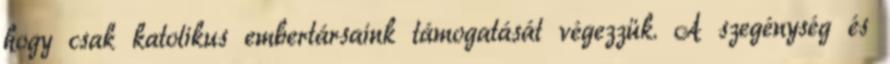
hogy csak katolikus embertársaink támogatását végezzük. A szegénység és